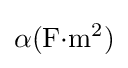
\alpha (\mathrm {F{\cdot }m^{2}} )